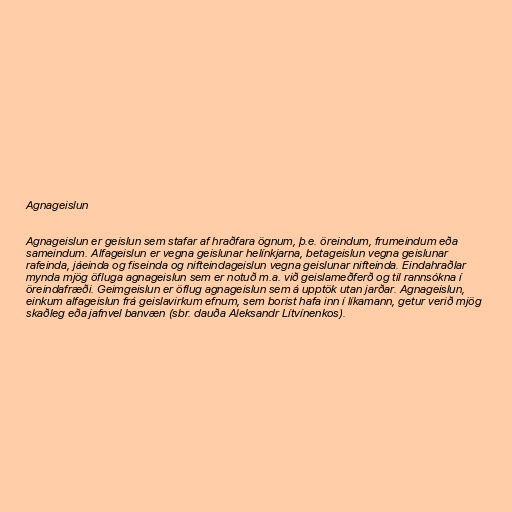
Agnageislun

Agnageislun er geislun sem stafar af hraðfara ögnum, þ.e. öreindum, frumeindum eða
sameindum. Alfageislun er vegna geislunar helínkjarna, betageislun vegna geislunar
rafeinda, jáeinda og fiseinda og nifteindageislun vegna geislunar nifteinda. Eindahraðlar
mynda mjög öfluga agnageislun sem er notuð m.a. við geislameðferð og til rannsókna í
öreindafræði. Geimgeislun er öflug agnageislun sem á upptök utan jarðar. Agnageislun,
einkum alfageislun frá geislavirkum efnum, sem borist hafa inn í líkamann, getur verið mjög
skaðleg eða jafnvel banvæn (sbr. dauða Aleksandr Lítvínenkos).